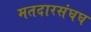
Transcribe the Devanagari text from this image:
मतदारसंघघ